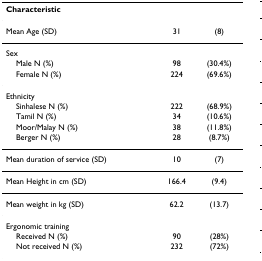
<table><thead><tr><td><b>Characteristic</b></td><td></td><td></td></tr></thead><tbody><tr><td>Mean Age (SD)</td><td>31</td><td>(8)</td></tr><tr><td>Sex</td><td></td><td></td></tr><tr><td> Male N (%)</td><td>98</td><td>(30.4%)</td></tr><tr><td> Female N (%)</td><td>224</td><td>(69.6%)</td></tr><tr><td>Ethnicity</td><td></td><td></td></tr><tr><td> Sinhalese N (%)</td><td>222</td><td>(68.9%)</td></tr><tr><td> Tamil N (%)</td><td>34</td><td>(10.6%)</td></tr><tr><td> Moor/Malay N (%)</td><td>38</td><td>(11.8%)</td></tr><tr><td> Berger N (%)</td><td>28</td><td>(8.7%)</td></tr><tr><td>Mean duration of service (SD)</td><td>10</td><td>(7)</td></tr><tr><td>Mean Height in cm (SD)</td><td>166.4</td><td>(9.4)</td></tr><tr><td>Mean weight in kg (SD)</td><td>62.2</td><td>(13.7)</td></tr><tr><td>Ergonomic training</td><td></td><td></td></tr><tr><td> Received N (%)</td><td>90</td><td>(28%)</td></tr><tr><td> Not received N (%)</td><td>232</td><td>(72%)</td></tr></tbody></table>